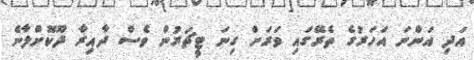
އަދި އަންނަ އަހަރުގެ ތެރޭގައި ވަރަށް ގިނަ ޓީޗަރުން ވެސް ދާއިރާ ދޫކޮށްލާނެ